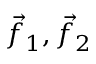
{ \vec { f } } _ { 1 } , { \vec { f } } _ { 2 }